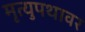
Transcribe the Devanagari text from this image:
मृत्युपथावर